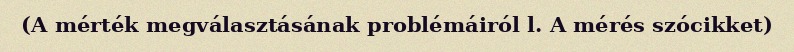
(A mérték megválasztásának problémáiról l. A mérés szócikket)